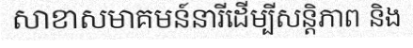
សាខាសមាគមន៍នារីដើម្បីសន្តិភាព និង